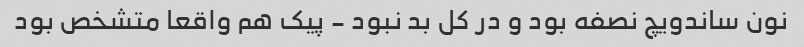
نون ساندویچ نصفه بود و در کل بد نبود - پیک هم واقعا متشخص بود